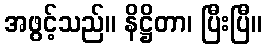
အဖွင့်သည်။ နိဋ္ဌိတာ၊ ပြီးပြီ။